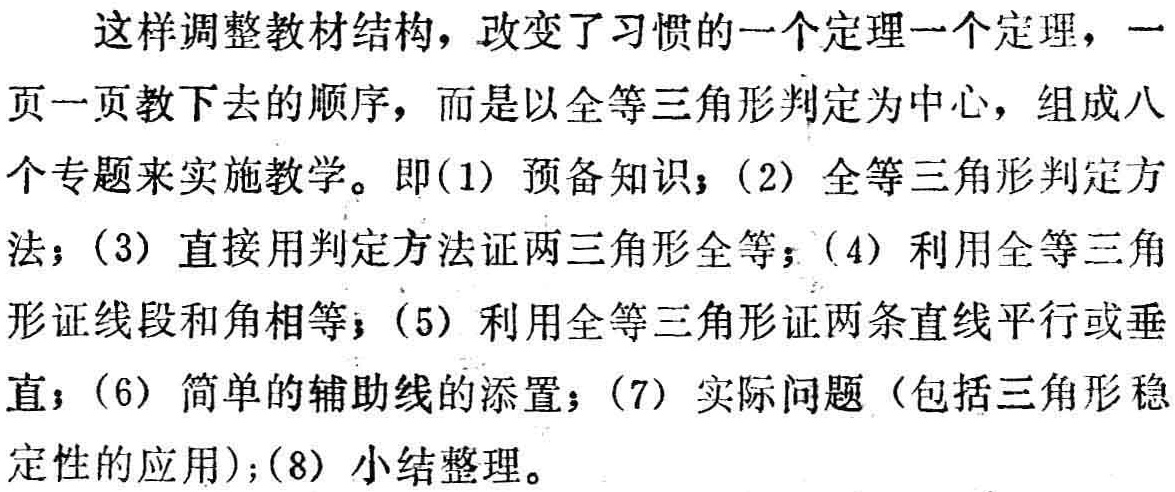
这样调整教材结构，改变了习惯的一个定理一个定理，一页一页教下去的顺序，而是以全等三角形判定为中心，组成八个专题来实施教学。即(1) 预备知识；(2) 全等三角形判定方法；(3) 直接用判定方法证两三角形全等；(4) 利用全等三角形证线段和角相等；(5) 利用全等三角形证两条直线平行或垂直；(6) 简单的辅助线的添置；(7) 实际问题（包括三角形稳定性的应用）；(8) 小结整理。